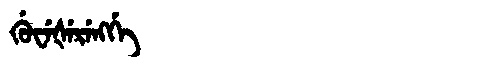
Manchu: ᡤᡠᠸᡝᡧᡝᡵᡝᠩᡤᡝ
Romanization: GUWEŠERENGGE